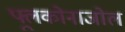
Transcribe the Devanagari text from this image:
फ्लूकोनाजोल